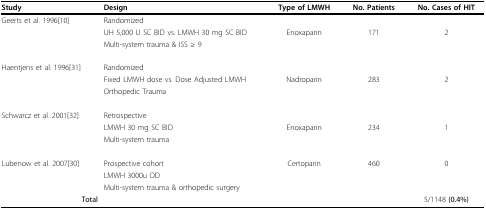
| Study | Design | Type of LMWH | No. Patients | No. Cases of HIT |
 | --- | --- | --- | --- | --- |
 | Geerts et al. 1996[10] | Randomized |  |  |  |
 |  | UH 5,000 U SC BID vs. LMWH 30 mg SC BID | Enoxaparin | 171 | 2 |
 |  | Multi-system trauma & ISS ≥ 9 |  |  |  |
 | Haentjens et al. 1996[31] | Randomized |  |  |  |
 |  | Fixed LMWH dose vs. Dose Adjusted LMWH | Nadroparin | 283 | 2 |
 |  | Orthopedic Trauma |  |  |  |
 | Schwarcz et al. 2001[32] | Retrospective |  |  |  |
 |  | LMWH 30 mg SC BID | Enoxaparin | 234 | 1 |
 |  | Multi-system trauma |  |  |  |
 | Lubenow et al. 2007[30] | Prospective cohort | Certoparin | 460 | 0 |
 |  | LMWH 3000u OD |  |  |  |
 |  | Multi-system trauma & orthopedic surgery |  |  |  |
 | Total |  |  |  | 5/1148 (0.4%) |